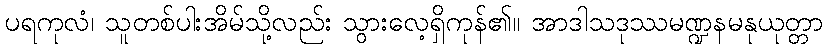
ပရကုလံ၊ သူတစ်ပါးအိမ်သို့လည်း သွားလေ့ရှိကုန်၏။ အာဒါသဒုဿမဏ္ဍနမနုယုတ္တာ